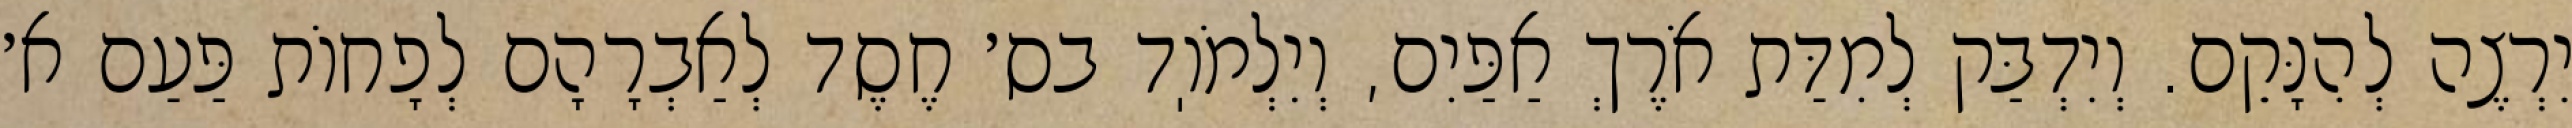
יִרְצֶה לְהִנָּקֵם. וְיִדְבַּק לְמִדַּת אֹרֶךְ אַפַּיִם, וְיִלְמֹוֽד בס׳ חֶסֶד לְאַבְרָהָם לְפָחוֹת פַּעַם א׳